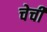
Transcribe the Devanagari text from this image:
चेची